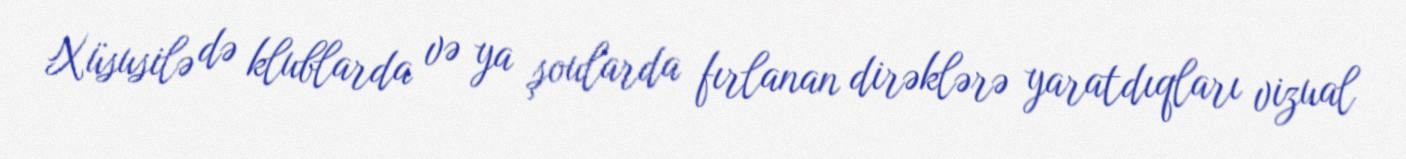
Xüsusilə də klublarda və ya şoularda fırlanan dirəklərə yaratdıqları vizual